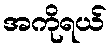
အကိုရယ်